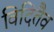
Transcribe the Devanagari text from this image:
विदितैव